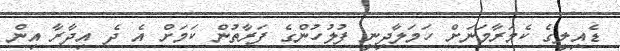
ޑެއިލީގެ ކެމަރާމަނަށް ހަމަލާދިނީ ފުލުހުންގެ ފަރާތުން ކަމަށް އެ ދެ އިދާރާ އިން